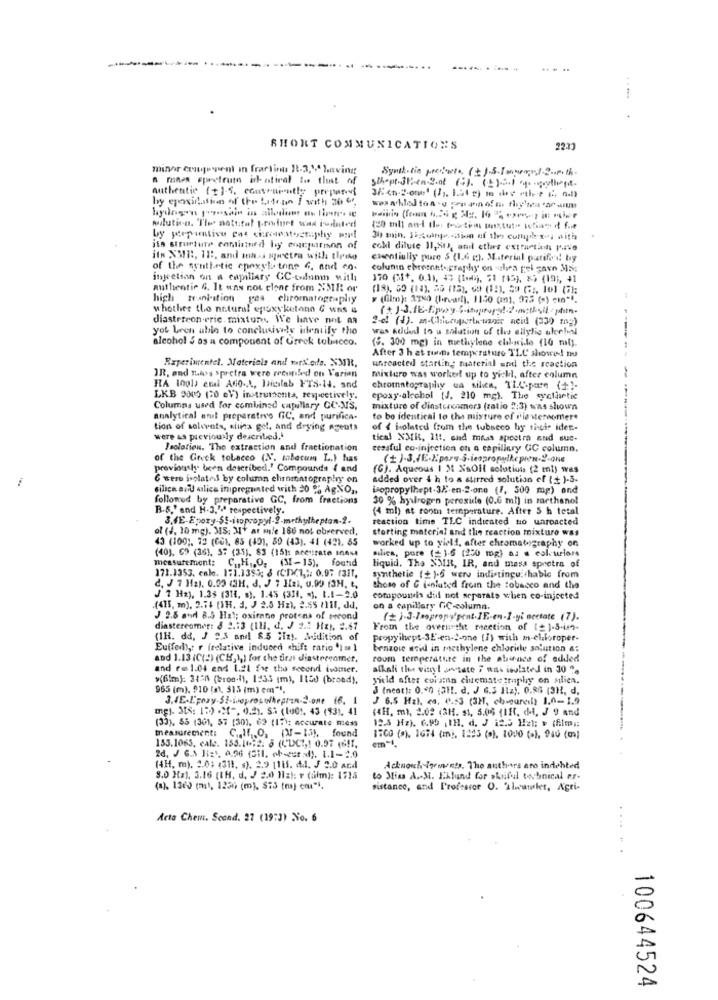
1
SHORT COMMUNICATIONS
2233
minor coupespent In fractins 11-3,10 having
Synth-tin procenta, (+ ).5.Imarrest-2 -. Pth
a mnes epretruth iratiral to that of
authentic (+).6. contraintly perpenet
Schopt-31 :- en-2.ot (+). (2).2.1 4. - geliegt
by exercidation of the bitene I with 30 6.
30 min. 13 46injection of the cultpb ses with
jin structure continued hy emgeparmon of
cchi dilute 11,80), and ether extraction 1440
its XMIR, Il :, and mass spectro will tipiko
csentiully pure $ (1.6 ). Material patifed by
of the synthetic epoxylatone 6, and co.
column chromatography on -shea gel gavn 35;
injection on a capillary GC-column with
170 (It, 0.11, 4G (Iom), $1 (45), &) (191, 41
authentic &. It ans nou clone from NMR or
(19), 55 (14), 36 (13), da (12). 39 G2, 101 (71;
high tranlation gas chromatography
» (film): 2980 (levar!), 1150 (mn). 975 (s) cin"".
whether the natural epoxyketann G wns &
(+)SIE-Epey Sitopropstoothvilepin
diastrteon eric mixture We have not aa
2-d! (4). m-Cliccupertw-uagir neid (330 mag)
yot been able to conclusively identify the
was Added to u solution of the ellylie akell
alcohol $ as a component of Greek tobicco.
(5. 300 mg) in methylene elilaride (10 ml).
After 3 h et finns temperature TLC showed! no
Experimentel. Materials and mrs ods. X3R,
unreacted starting; tuaterinl and the reaction
IR, and This sprctra were reconled on Varian
mixture was worked up to yichl, after column
HA 1001) emal AGO-A, Dicalab FTS-14. and
chromatography ca silica, 1L.C.pare (+)-
LKB 2000 120 eV) instruments, ren ectively.
epoxy-alcohol [J. 210 mg). The syalaaetic
Columns used for combined capillary CC-NS,
mixture of dinstercomers (ratio 2:3) was shown
analytical arut preparative GC, and purifica-
to bo identical to the mixture of fle versomer.
tion of solvents, silica gel, and drying agents
of { isolated from the tobacco by sisie iden-
were as previously described.
tical XMIR, 11 :, and maas spectra nud sue-
Jeolotien. The extraction and fractionation
cessful co-injection on a capillary GC column.
of the Greek tobacco (N. tabacum L.) has
previously been described.' Compounds { and
(G). Aqueous I St XsOil solutions (2 ml) was
6 were isolated by column chromatography on
added over 4 h to a stirred solution of ( s )-5-
silica and aslice impregnated with 20 % AgXO ,.
isopropylhept-3/.en-2.one (1, 300 mp) and
followed by preparative GC, from fractions
30 % hydrogen peroxide (0.6 ml) in rarthanol
B.S.' and H-3,"ª respectively.
(4 ml) at room temperature. After 5 h tetal
reaction time TLC indicated no unroacted
ol (4. 10 mg). MIS: 31+ ar m/e 186 not obrerved,
storting material and the reaction mixture was
43 (100). 72 (CE1, 85 (40), 80 (43). 41 (421. 85
worked up to yield, after chromatography on
silica, pure (= 1.6 (250 mg) as a colourlon
(40), 69 (36), 57 (35). 83 (15): accurate snese
measurement: C ., H ,. O. (3-15), found
171.1353. cale. 171.1353; & (ChC1 ,;: 0.07 (311.
liquid. The NOIR, IR, and mess spretra of
synthetic (+)-6 wery indistingu chable from
d, J 7 H2). 0.00 (3H. d. J 7 Izi, u.99 (3H. t,
those of G ianluted from the tobacco and the
J 7 Ha), 1.35 (314, s). 1.43 (318. ). 1.1-2.0
comupourin did not separate when co-injected
.(415, m), 2.74 [H. J. J 2.5 Hz), 2.55 /111, dd,
on a capillary GC-column.
J 9.8 avr 8.5 Hal; oxirano protona of second
(j.J.Impropripent.JE-en-1-yl acetate (7).
diastereomer: 8 2.13 (111, d. J 2.0 Hz). 2.67
From the overnesfit mection of (+1-5-442-
(IH. då, J 9.3 and 8.5 Hz). AMidition of
propyihept-3E'-en-2-one (7) with m-chloroper-
Euffed ,: r (relative induced shift ratio ') = 1
benzowe acid in methylene chloride solution &:
and 1.13 (C(!) (CH, 1,) for the first diastereomet,
room temperature in the abanico of added
and re 1.04 end 1.21 fre the second isomer.
alkali the vinyl ,tate 7 was isolated in 30 ".
>(6lm): 34^^ (bron-h), 1:33 (m), 1150 (broed).
yield after column chemategraphy on Mlica.
965 (m). 910 (s), 315 (m) em *!.
3 (nent): 0.40 (31 !. d. J 6.3 11z), 0.86 (3H, d.
3 6.5 Hz), co. 0.53 (3), chweareil) 1.0- 1.9
mg). 3ts: 13) =>[", 0.2. Sh (ludt, 43 (93), 41
(4H. m), 2.02 (3H. $1, 5.06 (111, de, J 9 and
(33), 85 (301, 57 (30), 62 (17); accurate mess
12.5 Hz). 6.99 ,1H. d. J i2.5 Hz): $ (film .:
measurement: C.If ., O, IN-11), found
ITGO (9). 1074 (i), 1:23 (s), 1000 (s1. 900 (m)
155.1065, eale. 153.16:2. 8 (CDC1,1 0.97 (6!1.
em-1.
2d, J. G.1 1ist, 0,96 (311, ob-eur sd). 1.1-2.0
(4H, m). 2.0; (311, s). 2.9 1111. Al. J 2.0 and
Acknowch igements. The authors aro indebted
8.0 Hz), 3.16 [IH. d. J 2.0 Hz): r (alm): 1715
to Mias A. M. Eklund for skilful technical er-
(a), 1360 (ma), 1256 (m), $73 (raj cou".
sistance, and Professor O. 2lwailer, Agri-
Acta Chem. Scand. 27 (19:3) No. 6
100644524